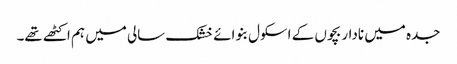
جدہ میں نادار بچوں کے اسکول بنوائے خشک سالی میں ہم اکٹھے تھے۔